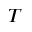
T